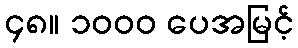
၄၈။ ၁၀၀၀ ပေအမြင့်